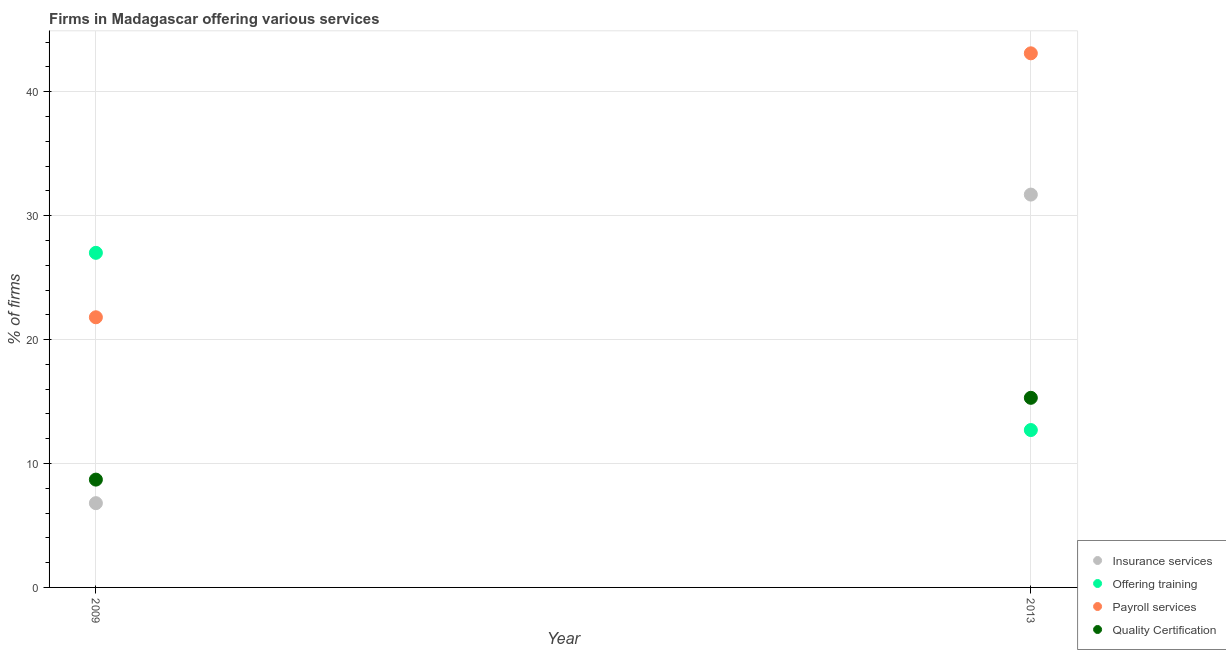
| Year | Insurance services | Offering training | Payroll services | Quality Certification |
 | --- | --- | --- | --- | --- |
 | 2009 | 6.8 | 27 | 21.8 | 8.7 |
 | 2013 | 31.7 | 12.7 | 43.1 | 15.3 |